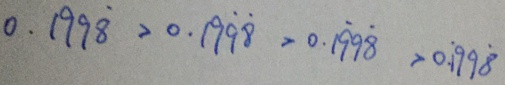
0 . 1 9 9 \dot { 8 } > 0 . 1 9 \dot { 9 } \dot { 8 } > 0 . 1 \dot { 9 } 9 \dot { 8 } > 0 . \dot { 1 } 9 9 \dot { 8 }